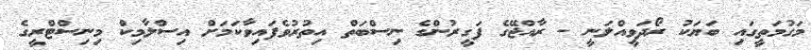
މަގުމަތީގައި ބަޔަކު ރޯދަވީއްލަނީ - ރާއްޖޭގެ ފަގީރުންގެ ނިސްބަތް އިތުރުވެފައިވާކަމަށް އިސްލާމިކް މިނިސްޓްރީގެ